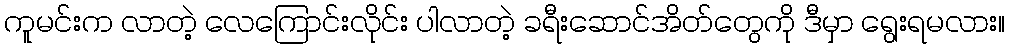
ကူမင်းက လာတဲ့ လေကြောင်းလိုင်း ပါလာတဲ့ ခရီးဆောင်အိတ်တွေကို ဒီမှာ ရွေးရမလား။